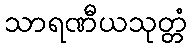
သာရဏီယသုတ္တံ